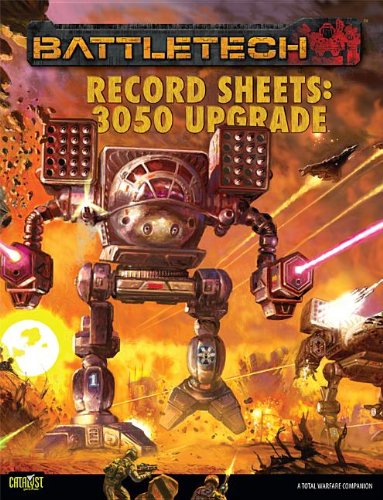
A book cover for Battletech Record Sheets 3050 Upgrade; Catalyst Game Labs; Science Fiction & Fantasy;